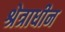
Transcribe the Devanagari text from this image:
श्रेत्राधीन